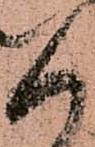
く